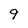
Character: 9